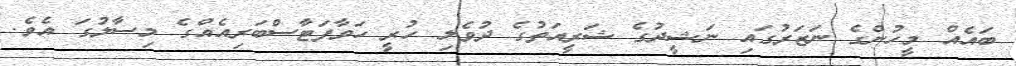
ބައެއް މީހުންގެ ނަޒަރުގައި ނަޝީދުގެ ޝަރީއަތުގެ ދުވެލި ހުރީ ހަވާފަޓާސްބަރިއެއްގެ މިސާލުގަ އެވެ.